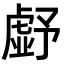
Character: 𮓪